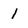
Character: l